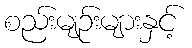
စည်းမျဉ်းများနှင့်